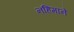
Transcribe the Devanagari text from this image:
नहिमाने